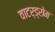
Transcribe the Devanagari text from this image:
वाटर्ड्रोम